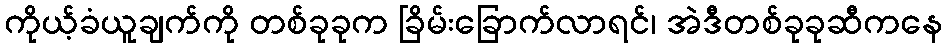
ကိုယ့်ခံယူချက်ကို တစ်ခုခုက ခြိမ်းခြောက်လာရင်၊ အဲဒီတစ်ခုခုဆီကနေ